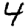
Digit: 4